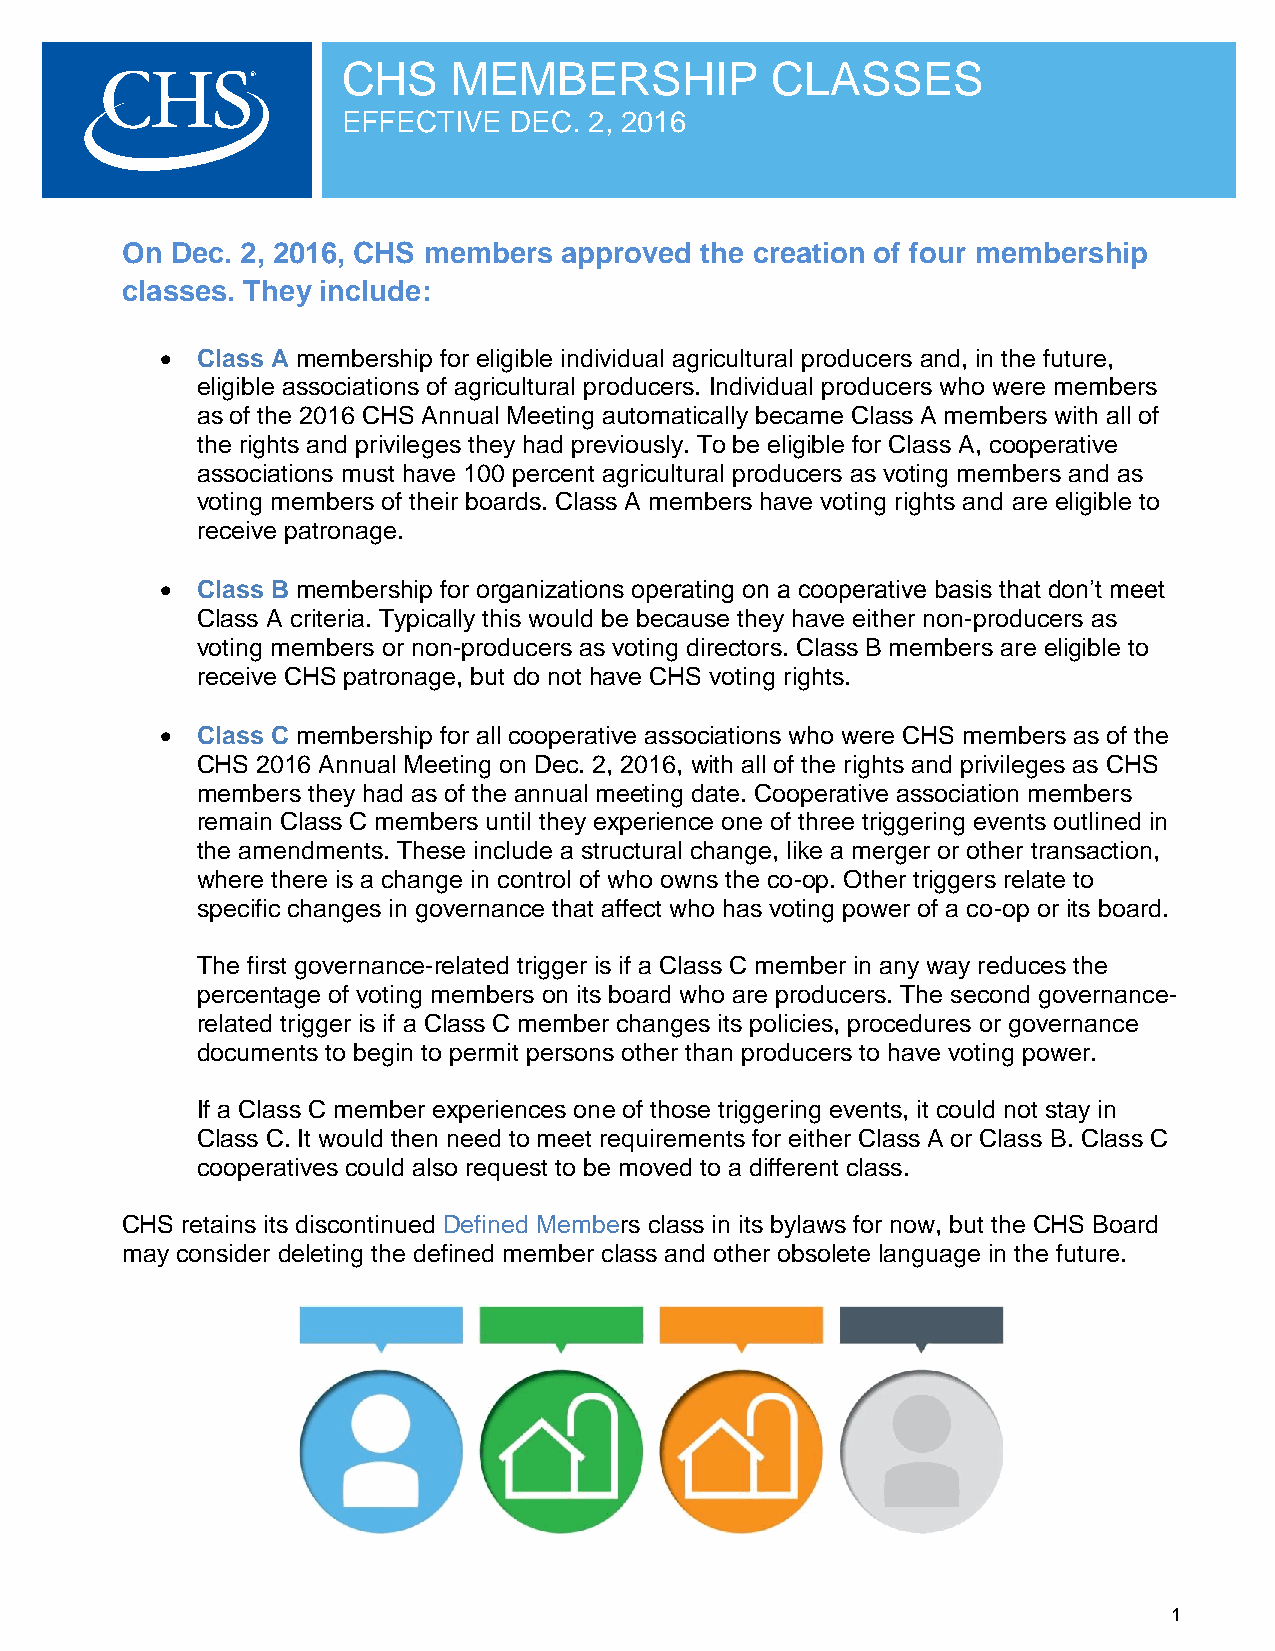
CHS    MEMBERSHIP           CLASSES
 EFFECTIVE  DEC. 2, 2016
 On Dec. 2, 2016, CHS members approved the creation of four membership
 classes. They include:
  Class A membership for eligible individual agricultural producers and, in the future,
 eligible associations of agricultural producers. Individual producers who were members
 as of the 2016 CHS Annual Meeting automatically became Class A members with all of
 the rights and privileges they had previously. To be eligible for Class A, cooperative
 associations must have 100 percent agricultural producers as voting members and as
 voting members of their boards. Class A members have voting rights and are eligible to
 receive patronage.
  Class B membership for organizations operating on a cooperative basis that don’t meet
 Class A criteria. Typically this would be because they have either non-producers as
 voting members or non-producers as voting directors. Class B members are eligible to
 receive CHS patronage, but do not have CHS voting rights.
  Class C membership for all cooperative associations who were CHS members as of the
 CHS 2016 Annual Meeting on Dec. 2, 2016, with all of the rights and privileges as CHS
 members they had as of the annual meeting date. Cooperative association members
 remain Class C members until they experience one of three triggering events outlined in
 the amendments. These include a structural change, like a merger or other transaction,
 where there is a change in control of who owns the co-op. Other triggers relate to
 specific changes in governance that affect who has voting power of a co-op or its board.
 The first governance-related trigger is if a Class C member in any way reduces the
 percentage of voting members on its board who are producers. The second governance-
 related trigger is if a Class C member changes its policies, procedures or governance
 documents to begin to permit persons other than producers to have voting power.
 If a Class C member experiences one of those triggering events, it could not stay in
 Class C. It would then need to meet requirements for either Class A or Class B. Class C
 cooperatives could also request to be moved to a different class.
 CHS retains its discontinued Defined Members class in its bylaws for now, but the CHS Board
 may consider deleting the defined member class and other obsolete language in the future.
 1